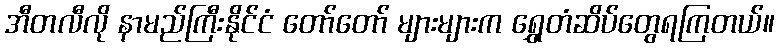
အီတလီလို နာမည်ကြီးနိုင်ငံ တော်တော် များများက ရွှေတံဆိပ်တွေရကြတယ်။